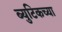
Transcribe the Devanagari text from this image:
ब्युटिकच्या